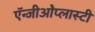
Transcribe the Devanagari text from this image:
ऍन्जीओेप्लास्टी